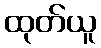
ထုတ်ယူ